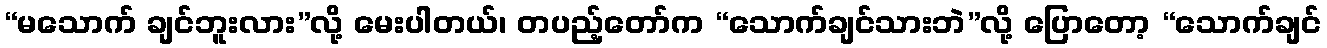
“မသောက် ချင်ဘူးလား”လို့ မေးပါတယ်၊ တပည့်တော်က “သောက်ချင်သားဘဲ”လို့ ပြောတော့ “သောက်ချင်